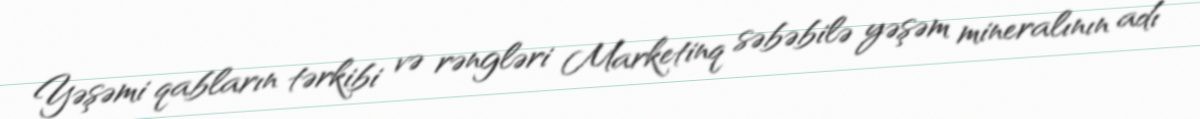
Yəşəmi qabların tərkibi və rəngləri Marketinq səbəbilə yəşəm mineralının adı